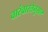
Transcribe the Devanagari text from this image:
वारंवारतेनुसार